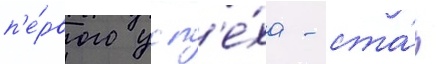
п'е́рвого усп'е́ха - ста́л